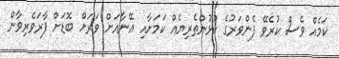
ކަމެއް ވެސް ކުރެވޭ ފެންވަރުގެ ކުޅުންތެރިޔެއް ކަމަށާއި އޭނާއަށް ވަރަށް ބޮޑަށް ފާރަވެރިވާން